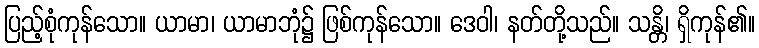
ပြည့်စုံကုန်သော။ ယာမာ၊ ယာမာဘုံ၌ ဖြစ်ကုန်သော။ ဒေဝါ၊ နတ်တို့သည်။ သန္တိ၊ ရှိကုန်၏။